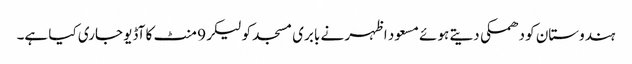
ہندوستان کو دھمکی دیتے ہوئے مسعود اظہر نے بابری مسجد کو لیکر 9 منٹ کا آڈیو جاری کیا ہے۔